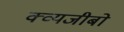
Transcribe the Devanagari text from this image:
क्व्यजीबो